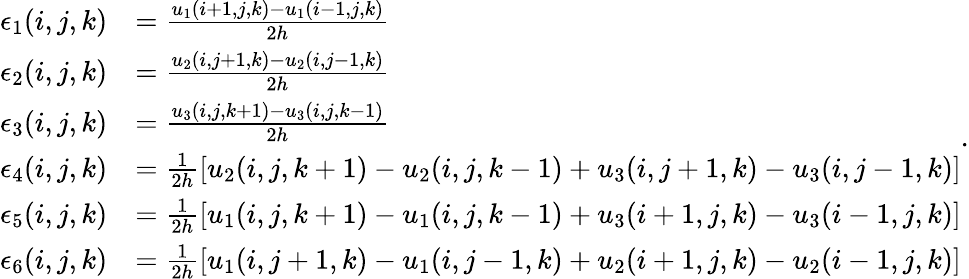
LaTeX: \begin{array}{rl}{\epsilon_{1}(i,j,k)}&{=\frac{u_{1}(i+1,j,k)-u_{1}(i-1,j,k)}{2h}}\\ {\epsilon_{2}(i,j,k)}&{=\frac{u_{2}(i,j+1,k)-u_{2}(i,j-1,k)}{2h}}\\ {\epsilon_{3}(i,j,k)}&{=\frac{u_{3}(i,j,k+1)-u_{3}(i,j,k-1)}{2h}}\\ {\epsilon_{4}(i,j,k)}&{=\frac{1}{2h}\left[u_{2}(i,j,k+1)-u_{2}(i,j,k-1)+u_{3}(i,j+1,k)-u_{3}(i,j-1,k)\right]}\\ {\epsilon_{5}(i,j,k)}&{=\frac{1}{2h}\left[u_{1}(i,j,k+1)-u_{1}(i,j,k-1)+u_{3}(i+1,j,k)-u_{3}(i-1,j,k)\right]}\\ {\epsilon_{6}(i,j,k)}&{=\frac{1}{2h}\left[u_{1}(i,j+1,k)-u_{1}(i,j-1,k)+u_{2}(i+1,j,k)-u_{2}(i-1,j,k)\right]}\end{array}.